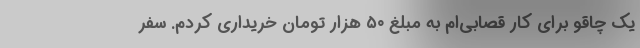
یک چاقو برای کار قصابی‌ام به مبلغ ۵۰ هزار تومان خریداری کردم. سفر